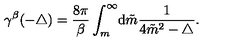
\gamma ^ { \beta } ( { - \triangle } ) = \frac { 8 \pi } { \beta } \int _ { m } ^ { \infty } \! { \mathrm d } \tilde { m } \frac { 1 } { 4 { \tilde { m } } ^ { 2 } - \triangle } .